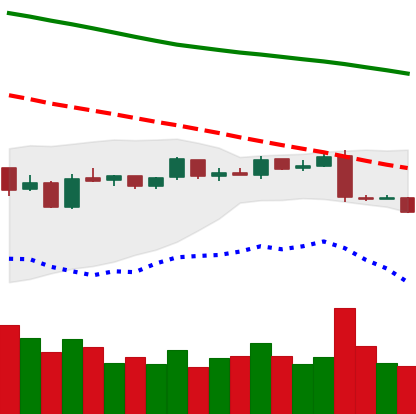
Ticker: EOS-USD
Chart end date: 2019-01-13
Forward return: 9.27%
Label: up_7plus